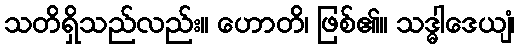
သတိရှိသည်လည်း။ ဟောတိ၊ ဖြစ်၏။ သဒ္ဓါဒေယျံ၊